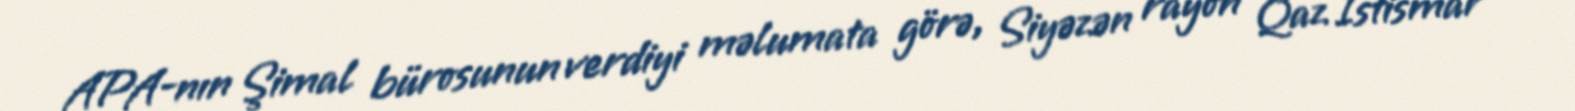
APA-nın Şimal bürosunun verdiyi məlumata görə, Siyəzən rayon Qaz İstismar